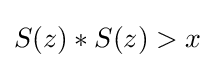
S(z)*S(z)>x